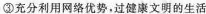
③充分利用网络优势，过健康文明的生活